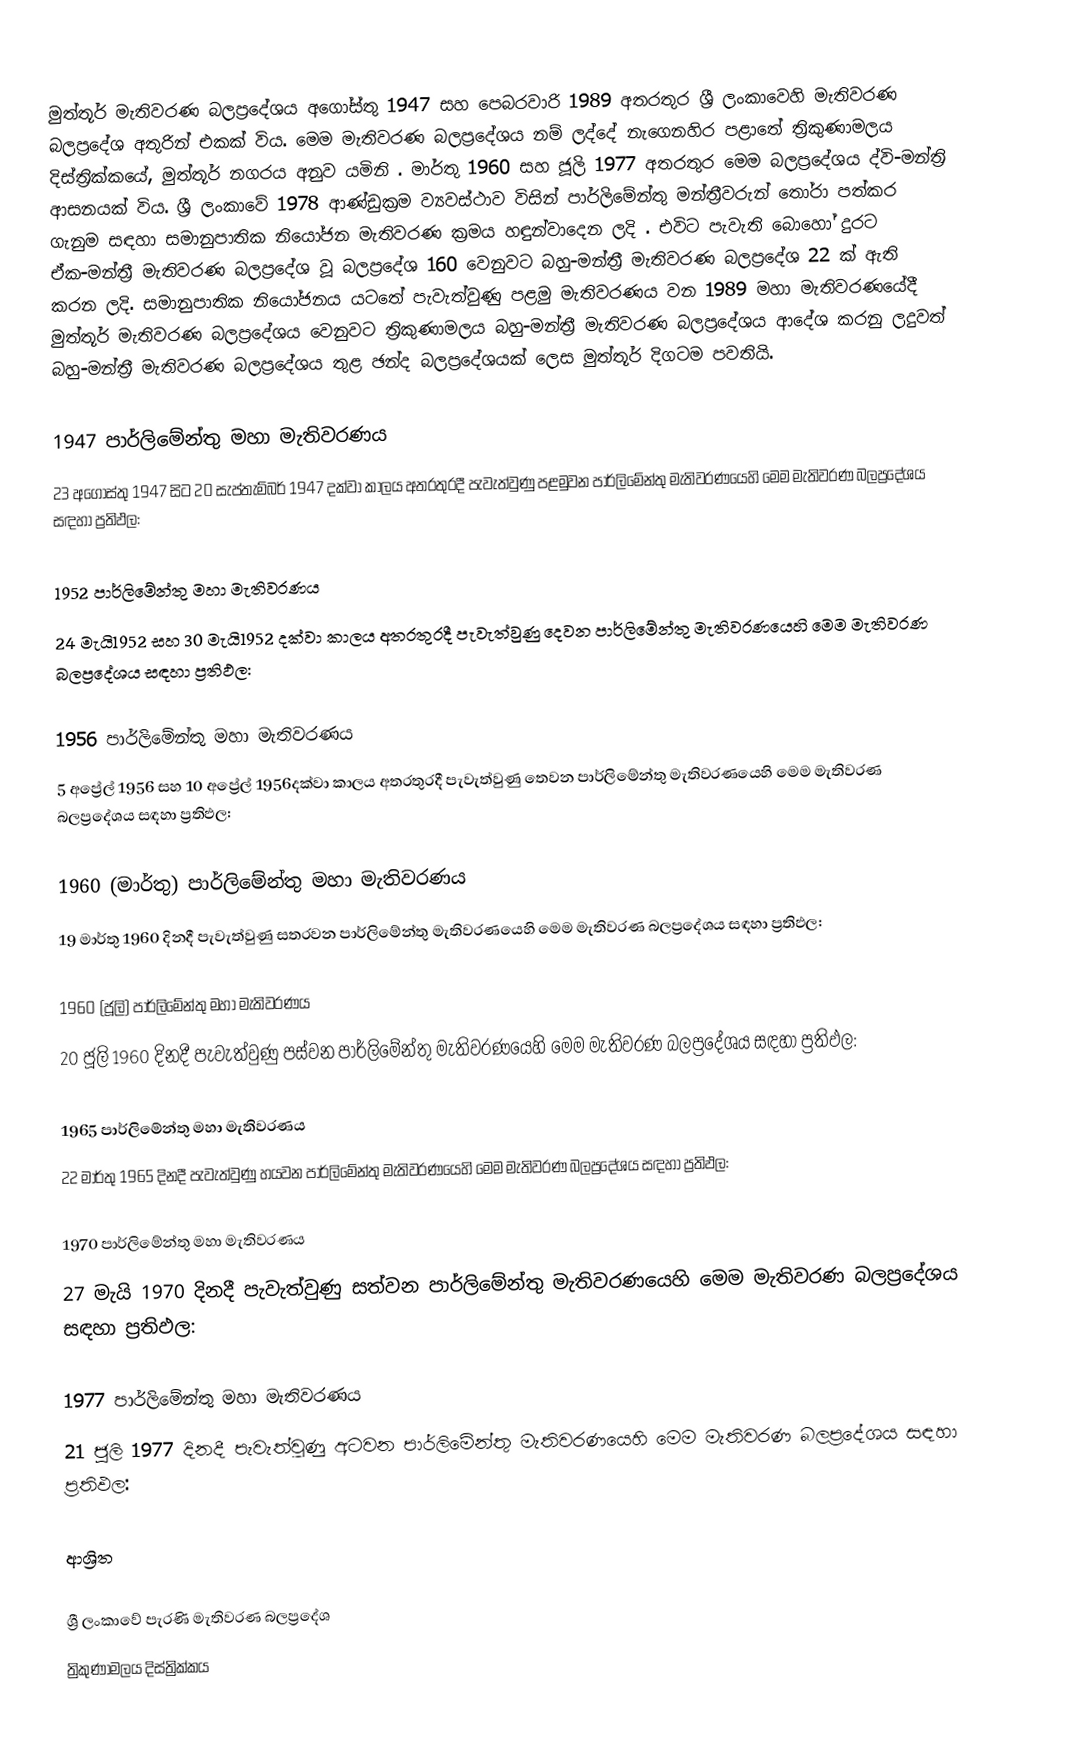
මුත්තූර් මැතිවරණ බලප්‍රදේශය  අගෝස්තු 1947 සහ පෙබරවාරි 1989 අතරතුර  ශ්‍රී ලංකාවෙහි  මැතිවරණ බලප්‍රදේශ අතුරින් එකක් විය. මෙම මැතිවරණ බලප්‍රදේශය නම් ලද්දේ  නැගෙනහිර පළාතේ  ත්‍රිකුණාමලය දිස්ත්‍රික්කයේ,  මුත්තූර් නගරය අනුව යමිනි . මාර්තු 1960 සහ ජූලි 1977 අතරතුර මෙම බලප්‍රදේශය ද්වි-මන්ත්‍රි ආසනයක් විය.  ශ්‍රී ලංකාවේ 1978 ආණ්ඩුක්‍රම ව්‍යවස්ථාව විසින්   පාර්ලිමේන්තු මන්ත්‍රීවරුන් තෝරා පත්කර ගැනුම සඳහා සමානුපාතික නියෝජන මැතිවරණ ක්‍රමය හඳුන්වාදෙන ලදි . එවිට පැවැති බොහෝ දුරට  ඒක-මන්ත්‍රී මැතිවරණ බලප්‍රදේශ වූ බලප්‍රදේශ 160 වෙනුවට බහු-මන්ත්‍රී මැතිවරණ බලප්‍රදේශ 22 ක් ඇති කරන ලදි. සමානුපාතික නියෝජනය යටතේ පැවැත්වුණු පළමු මැතිවරණය වන 1989 මහා මැතිවරණයේදී  මුත්තූර් මැතිවරණ බලප්‍රදේශය වෙනුවට  ත්‍රිකුණාමලය බහු-මන්ත්‍රී මැතිවරණ බලප්‍රදේශය  ආදේශ කරනු ලදුවත් බහු-මන්ත්‍රී මැතිවරණ බලප්‍රදේශය තුළ ඡන්ද බලප්‍රදේශයක් ලෙස මුත්තූර් දිගටම පවතියි.

1947 පාර්ලිමේන්තු මහා මැතිවරණය
23 අගෝස්තු 1947 සිට 20 සැප්තැම්බර් 1947 දක්වා කාලය අතරතුරදී පැවැත්වුණු  පළමුවන පාර්ලිමේන්තු මැතිවරණයෙහි මෙම මැතිවරණ බලප්‍රදේශය සඳහා ප්‍රතිඵල:

1952 පාර්ලිමේන්තු මහා මැතිවරණය
24 මැයි1952 සහ 30 මැයි1952 දක්වා කාලය අතරතුරදී පැවැත්වුණු  දෙවන පාර්ලිමේන්තු මැතිවරණයෙහි මෙම මැතිවරණ බලප්‍රදේශය සඳහා ප්‍රතිඵල:

1956 පාර්ලිමේන්තු මහා මැතිවරණය
5 අප්‍රේල් 1956 සහ 10 අප්‍රේල් 1956දක්වා කාලය අතරතුරදී පැවැත්වුණු  තෙවන පාර්ලිමේන්තු මැතිවරණයෙහි මෙම මැතිවරණ බලප්‍රදේශය සඳහා ප්‍රතිඵල:

1960 (මාර්තු) පාර්ලිමේන්තු මහා මැතිවරණය
19 මාර්තු 1960 දිනදී පැවැත්වුණු  සතරවන පාර්ලිමේන්තු මැතිවරණයෙහි මෙම මැතිවරණ බලප්‍රදේශය සඳහා ප්‍රතිඵල:

1960 (ජූලි) පාර්ලිමේන්තු මහා මැතිවරණය
20 ජූලි 1960 දිනදී පැවැත්වුණු  පස්වන පාර්ලිමේන්තු මැතිවරණයෙහි මෙම මැතිවරණ බලප්‍රදේශය සඳහා ප්‍රතිඵල:

1965 පාර්ලිමේන්තු මහා මැතිවරණය
22 මාර්තු 1965  දිනදී පැවැත්වුණු  හයවන පාර්ලිමේන්තු මැතිවරණයෙහි මෙම මැතිවරණ බලප්‍රදේශය සඳහා ප්‍රතිඵල:

1970 පාර්ලිමේන්තු මහා මැතිවරණය
27 මැයි 1970 දිනදී පැවැත්වුණු  සත්වන පාර්ලිමේන්තු මැතිවරණයෙහි මෙම මැතිවරණ බලප්‍රදේශය සඳහා ප්‍රතිඵල:

1977 පාර්ලිමේන්තු මහා මැතිවරණය
21 ජූලි 1977 දිනදී පැවැත්වුණු  අටවන පාර්ලිමේන්තු මැතිවරණයෙහි මෙම මැතිවරණ බලප්‍රදේශය සඳහා ප්‍රතිඵල:

ආශ්‍රිත

ශ්‍රී ලංකාවේ පැරණි මැතිවරණ බලප්‍රදේශ
ත්‍රිකුණාමලය දිස්ත්‍රික්කය